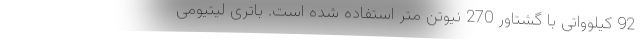
92 کیلوواتی با گشتاور 270 نیوتن متر استفاده شده است. باتری لیتیومی